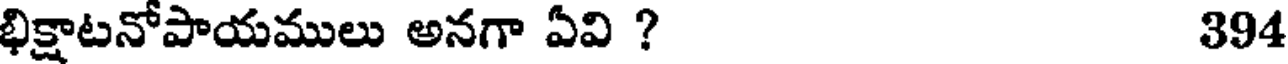
భిక్షాటనోపాయములు అనగా ఏవి ? 394